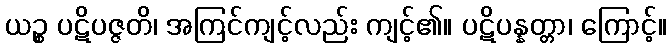
ယဉ္စ ပဋိပဇ္ဇတိ၊ အကြင်ကျင့်လည်း ကျင့်၏။ ပဋိပန္နတ္တာ၊ ကြောင့်။